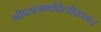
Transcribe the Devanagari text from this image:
गोष्ठांगणविलोकनः।